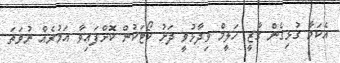
އެކަމާ ގުޅިގެން ގާޒީ ހަލީމް ވިދާޅުވީ ދަށު ކޯޓަކުން ކޮށްފައިވާ އަމުރެއް ނުވަތަ